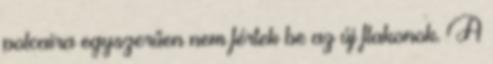
polcaira egyszerűen nem fértek be az új flakonok. A